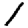
Digit: 1